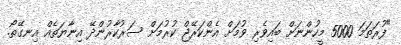
"ފުރަތަމަ 5000 މީހުންނަށް ބައިވެރި ވުމަށް އެންކަރޭޖް ކުރުމަށް ސަރުކާރުންދޭ އިނާޔަތެއް އިނގޭތޯ.